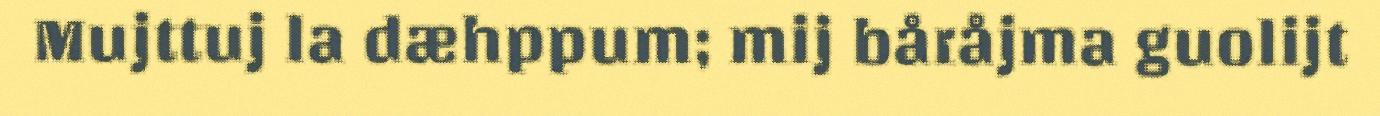
Mujttuj la dæhppum; mij båråjma guolijt